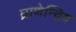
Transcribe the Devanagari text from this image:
घ्राणेन्द्रिय